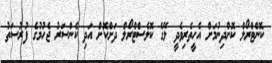
ކޮންޓްރޯލް ކޮށްދިނުމަށް އެހީތެރިވެދީ ލޭގެ ކޮލެސްޓްރޯލް ދަށްކޮށް އަދި ކެންސަރު ޖެހުމުގެ ފުރުސަތު